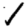
Digit: 1